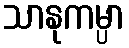
သာနုကမ္ပာ